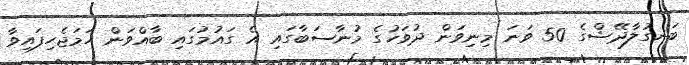
ބަނގުލާދޭޝްގެ 50 ވަނަ މިނިވަން ދުވަހުގެ މުނާސަބާގައި އެ ގައުމުގައި ބާއްވަން ހަމަޖެހިފައިވާ